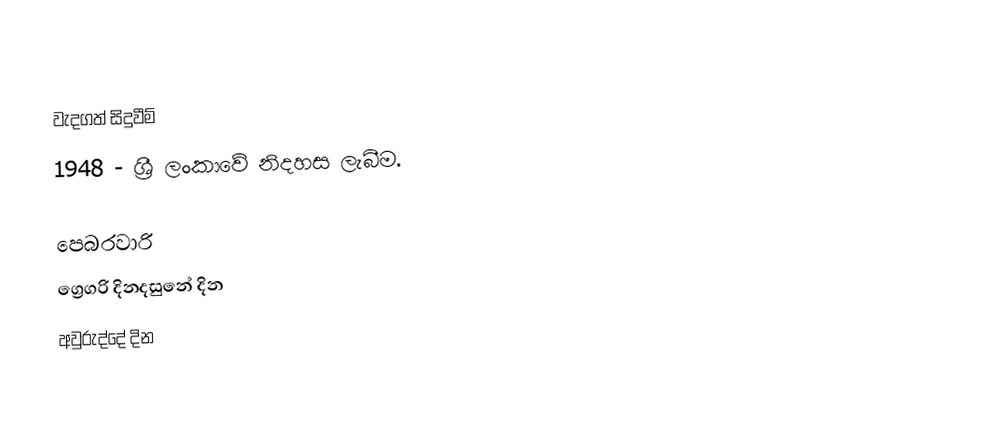

වැදගත් සිදුවීම්
 1948 - ශ්‍රී ලංකාවේ නිදහස ලැබීම.

පෙබරවාරි
ග්‍රෙගරි දිනදසුනේ දින
අවුරුද්දේ දින